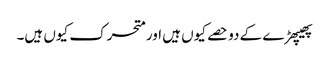
پھیپھڑے کے دو حصے کیوں ہیں اور متحرک کیوں ہیں۔